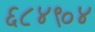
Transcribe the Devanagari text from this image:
६८४९०४